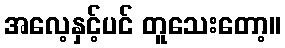
အလေ့နှင့်ပင် တူသေးတော့။